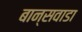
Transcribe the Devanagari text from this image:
बान्सवाडा